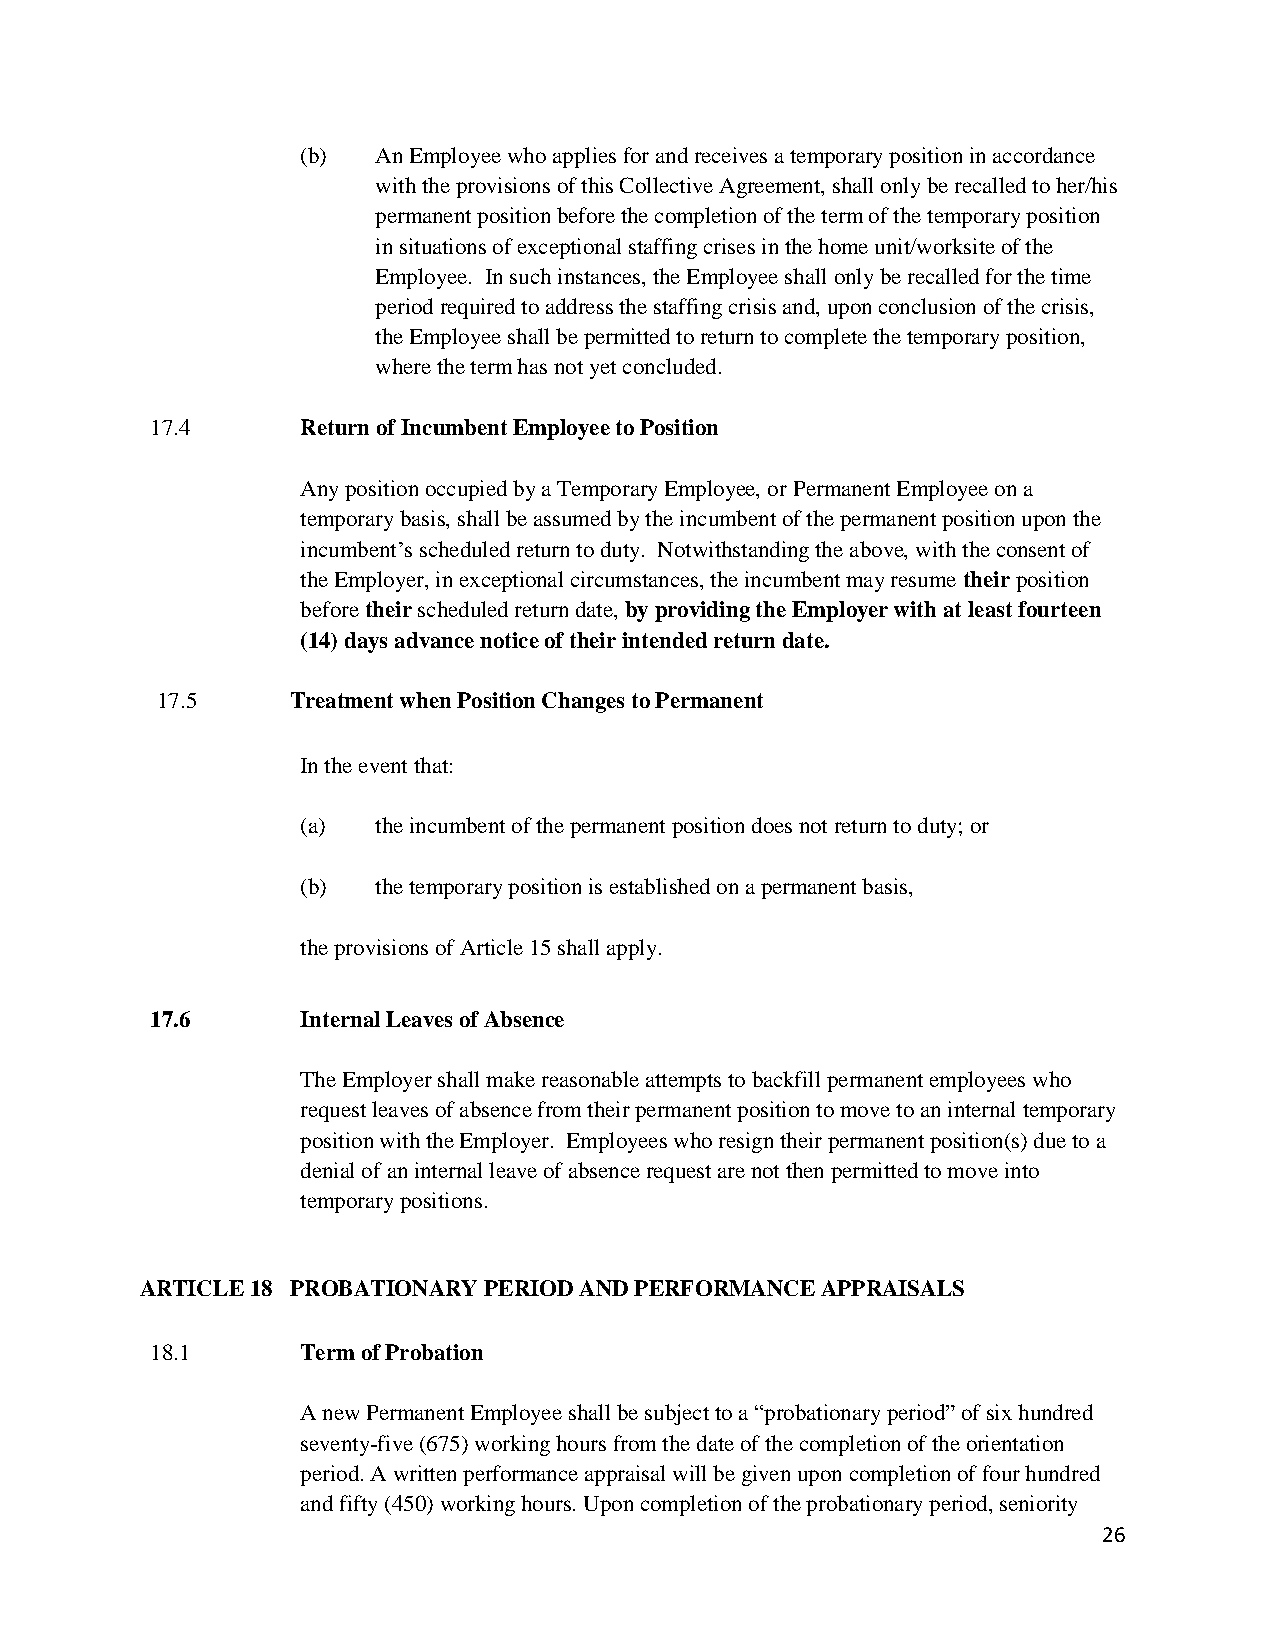
(b)  An Employee who applies for and receives a temporary position in accordance
 with the provisions of this Collective Agreement, shall only be recalled to her/his
 permanent position before the completion of the term of the temporary position
 in situations of exceptional staffing crises in the home unit/worksite of the
 Employee. In such instances, the Employee shall only be recalled for the time
 period required to address the staffing crisis and, upon conclusion of the crisis,
 the Employee shall be permitted to return to complete the temporary position,
 where the term has not yet concluded.
 17.4      Return of Incumbent Employee to Position
 Any position occupied by a Temporary Employee, or Permanent Employee on a
 temporary basis, shall be assumed by the incumbent of the permanent position upon the
 incumbent’s scheduled return to duty. Notwithstanding the above, with the consent of
 the Employer, in exceptional circumstances, the incumbent may resume their position
 before their scheduled return date, by providing the Employer with at least fourteen
 (14) days advance notice of their intended return date.
 17.5     Treatment when Position Changes to Permanent
 In the event that:
 (a)  the incumbent of the permanent position does not return to duty; or
 (b)  the temporary position is established on a permanent basis,
 the provisions of Article 15 shall apply.
 17.6      Internal Leaves of Absence
 The Employer shall make reasonable attempts to backfill permanent employees who
 request leaves of absence from their permanent position to move to an internal temporary
 position with the Employer. Employees who resign their permanent position(s) due to a
 denial of an internal leave of absence request are not then permitted to move into
 temporary positions.
 ARTICLE 18 PROBATIONARY PERIOD AND PERFORMANCE APPRAISALS
 18.1      Term of Probation
 A new Permanent Employee shall be subject to a “probationary period” of six hundred
 seventy-five (675) working hours from the date of the completion of the orientation
 period. A written performance appraisal will be given upon completion of four hundred
 and fifty (450) working hours. Upon completion of the probationary period, seniority
 26